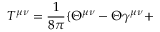
T ^ { \mu \nu } = \frac { 1 } { 8 \pi } \{ \Theta ^ { \mu \nu } - \Theta \gamma ^ { \mu \nu } +